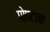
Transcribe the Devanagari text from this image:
पोपटाचा